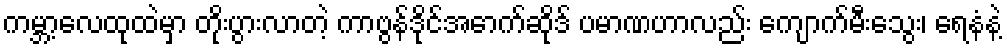
ကမ္ဘာ့လေထုထဲမှာ တိုးပွားလာတဲ့ ကာဗွန်ဒိုင်အောက်ဆိုဒ် ပမာဏဟာလည်း ကျောက်မီးသွေး၊ ရေနံနဲ့